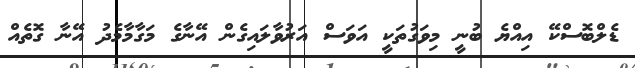
ޑެލްބޮސްކޭ އިއްޔެ ބުނީ މިވަގުތަކީ އަވަސް އަރުވާލައިގެން އޭނާގެ މަގާމާމެދު އޭނާ ގޮތެއް